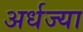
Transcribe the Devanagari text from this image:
अर्धज्या